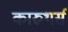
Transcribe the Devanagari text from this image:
कारुथर्स